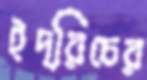
ইদ্রিচের